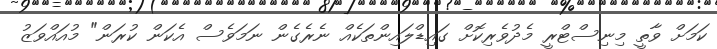
ކަމަށް ވާތީ މިނިސްޓްރީ މެދުވެރިކޮށް ގައިޑްލައިންތަކެއް ނެރެގެން ނަމަވެސް އެކަން ކުރަން" މުއައްވަޒު